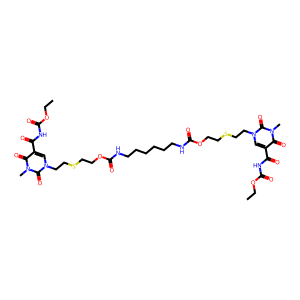
SMILES: CCOC(=O)NC(=O)c1cn(CCSCCOC(=O)NCCCCCCNC(=O)OCCSCCn2cc(C(=O)NC(=O)OCC)c(=O)n(C)c2=O)c(=O)n(C)c1=O
Inhibits HIV replication: No